Newspaper: Gazeta de Puerto-Rico. [volume]
Place of publication: [San Juan, P.R.
Date: 1870-05-28 00:00:00
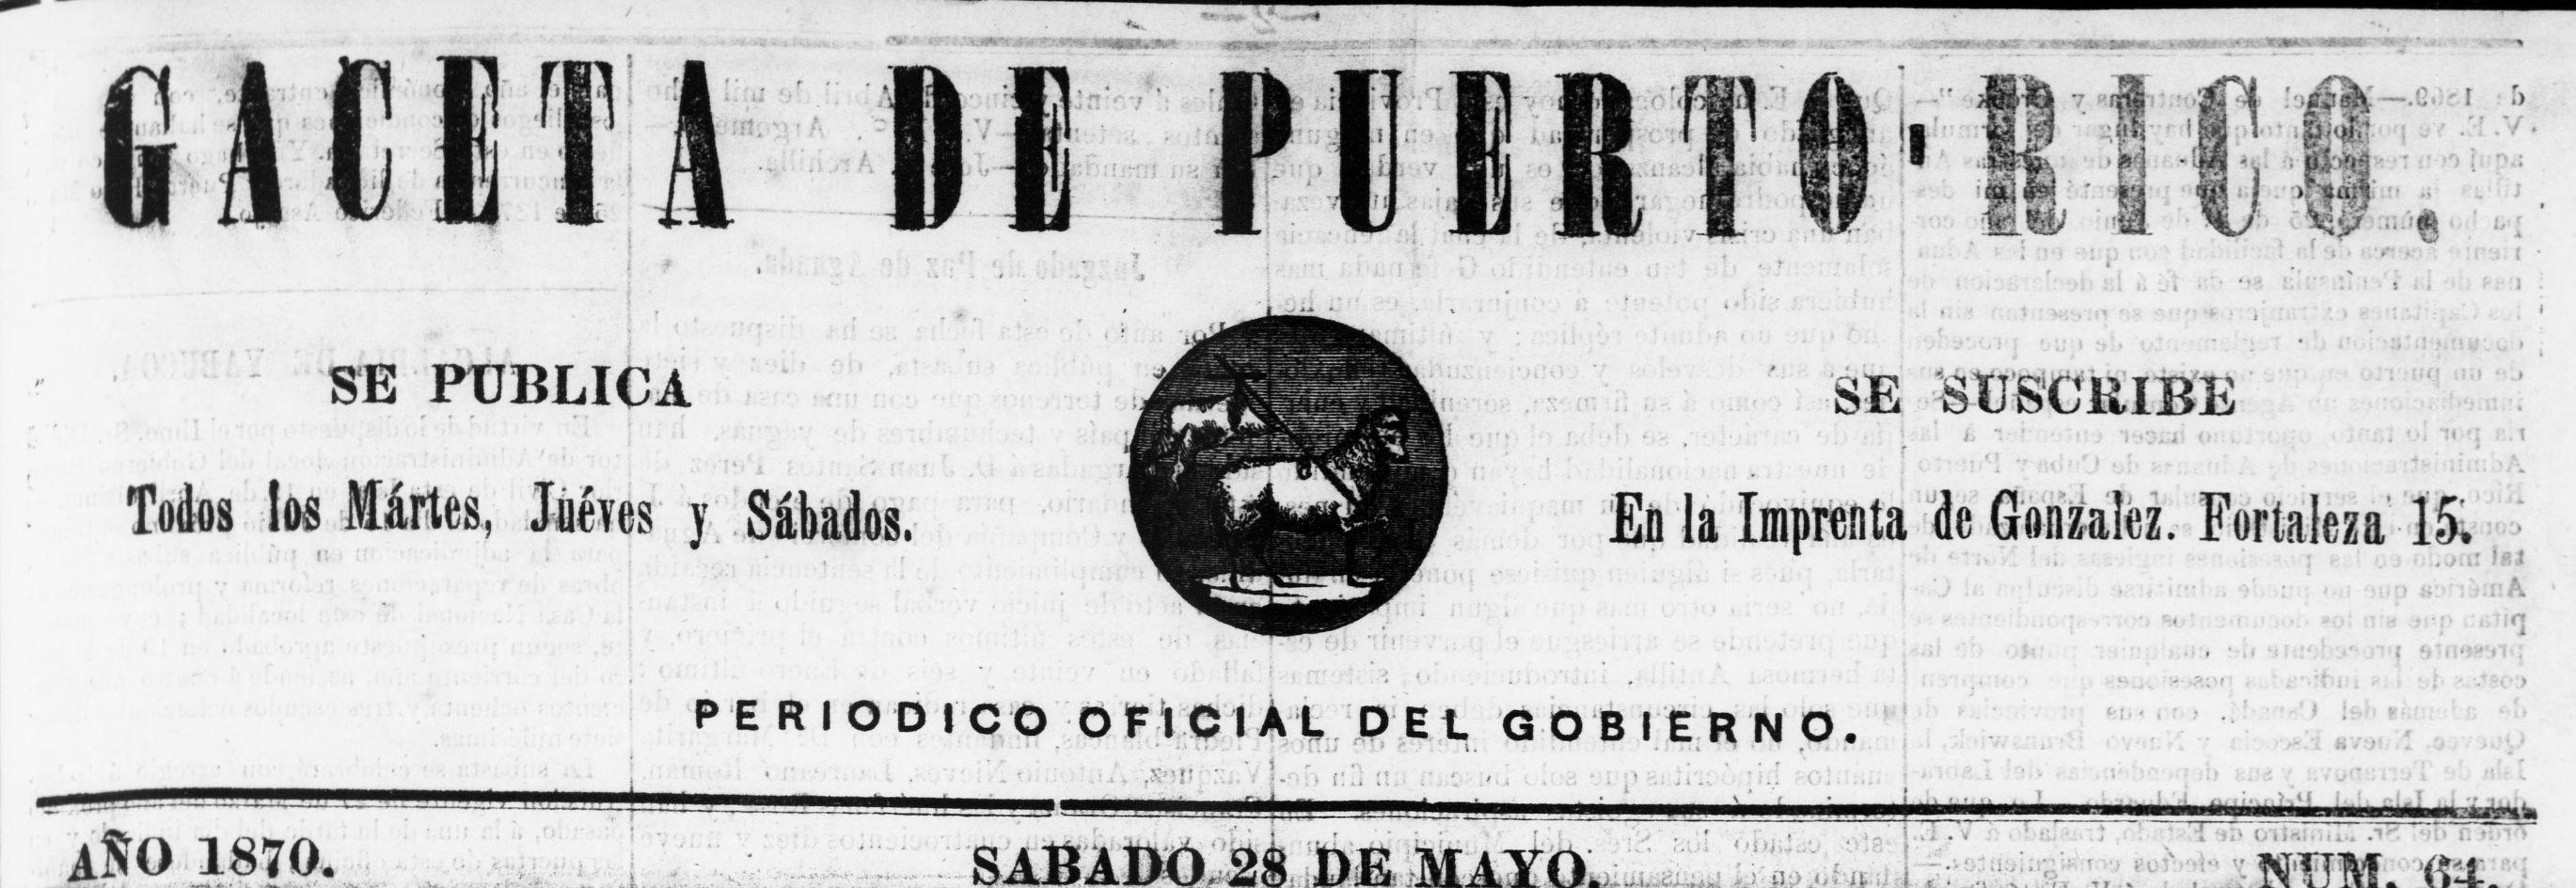
Advertisement text (OCR):
ra HlV 7 - Mi I i- 1 I ; -i w-- hi SE PUBLICA SE -J í J Todos los Mártes, Jueves y; : Sábados, ' . - i ! sj. ; " ' En la Imprenta de González. Fortaleza 15. : P E R I O D I C O O Fi C I Ái, D E L G O B IÉ R N O. AÑO 1870. T . ! .. .. , SABA
Label: illustrations